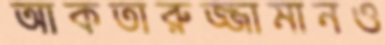
আকতারুজ্জামানও